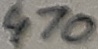
Text: 470